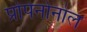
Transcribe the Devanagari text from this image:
प्रोपेनोनोल